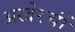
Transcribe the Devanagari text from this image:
अखेरचीं